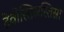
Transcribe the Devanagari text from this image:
देवीस्तिस्रस्तिस्रो